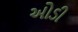
ઓડી